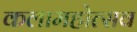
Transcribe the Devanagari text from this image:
कलामहोत्सव